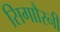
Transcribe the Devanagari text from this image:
सिगाौरनी